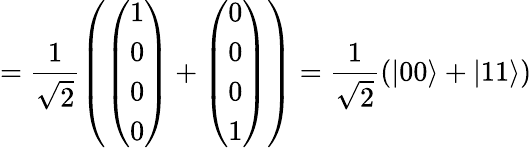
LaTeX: =\frac{1}{\sqrt{2}}\left(\left(\begin{array}{l}{1}\\ {0}\\ {0}\\ {0}\end{array}\right)+\left(\begin{array}{l}{0}\\ {0}\\ {0}\\ {1}\end{array}\right)\right)=\frac{1}{\sqrt{2}}(|00\rangle+|11\rangle)